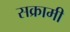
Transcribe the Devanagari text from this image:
सक्रामी